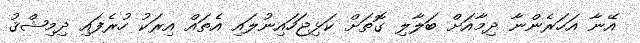
އޭނާ އަހަރެންނާ ދިމާއަށް ބަލާލި ގޮތަށް ކަޅިޖަހައިނުލައި އެތައް އިރަކު ހުރެފައި ދިމިޝްޤު